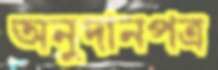
অনুদানপত্র